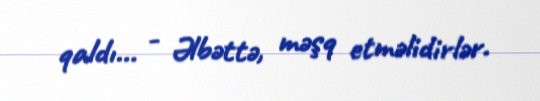
qaldı... - Əlbəttə, məşq etməlidirlər.